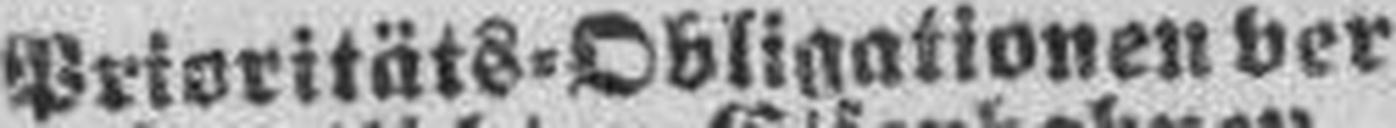
Prioritäts-Obligationen ver¬